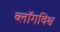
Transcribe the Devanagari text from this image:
ब्लॉगविश्व